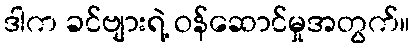
ဒါက ခင်ဗျားရဲ့ ဝန်ဆောင်မှုအတွက်။